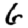
Digit: 6